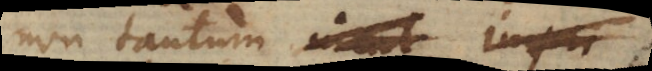
non tantum